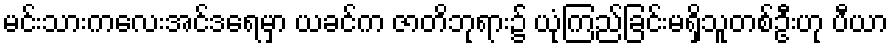
မင်းသားကလေးအင်ဒရေမှာ ယခင်က ဇာတိဘုရား၌ ယုံကြည်ခြင်းမရှိသူတစ်ဦးဟု ပီယာ